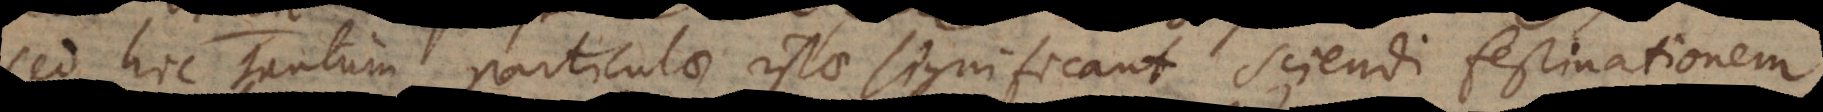
Sed hoc tantum particulae istae significant sciendi festinationem,